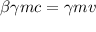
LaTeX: \beta \gamma m c = \gamma m v